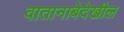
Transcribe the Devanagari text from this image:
वातानाबेदेखील